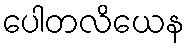
ပေါတလိယေန